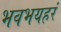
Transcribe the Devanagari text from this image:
भवभयहरं